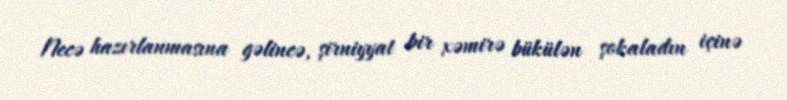
Necə hazırlanmasına gəlincə, şirniyyat bir xəmirə bükülən şokaladın içinə